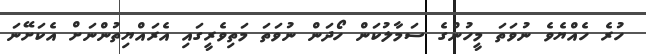
ހުރެ ހެއްޔެވެ ނުވަތަ މީހުންގެ ސަމާލުކަން ހޯދަން ނުވަތަ މަތިވެރީގައި އެރައްޔިތުންނަށް އެކަށޭނަ